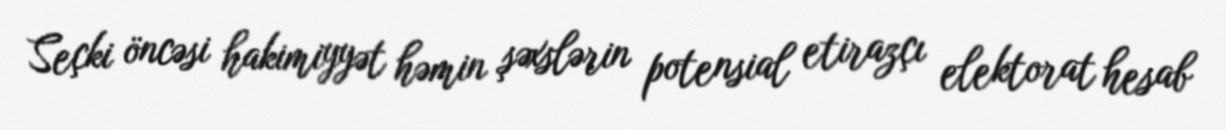
Seçki öncəsi hakimiyyət həmin şəxslərin potensial etirazçı elektorat hesab